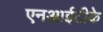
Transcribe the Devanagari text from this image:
एनआईटीके